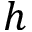
h